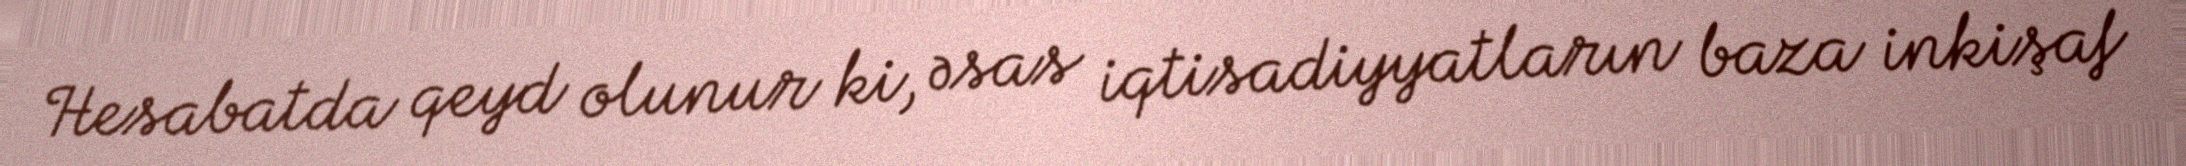
Hesabatda qeyd olunur ki, əsas iqtisadiyyatların baza inkişaf